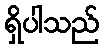
ရှိပါသည်